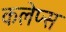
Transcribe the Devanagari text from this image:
कलेप्स